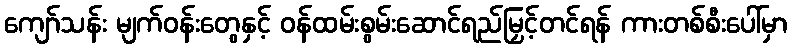
ကျော်သန်း မျက်ဝန်းတွေနှင့် ဝန်ထမ်းစွမ်းဆောင်ရည်မြှင့်တင်ရန် ကားတစ်စီးပေါ်မှာ